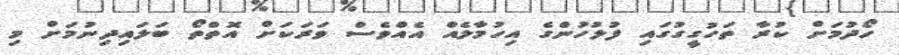
ހޯދުމަށް ކުރާ ތަހުގީގުގައި ފުލުހުންގެ އިހުމާލެއް އެއްވެސް ވަރަކަށް އޮތްތޯ ބަލައިދިނުމަށް މި